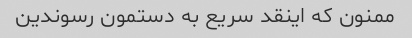
ممنون که اینقد سریع به دستمون رسوندین